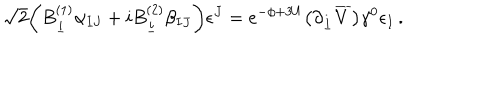
LaTeX: \sqrt 2 \biggl ( B _ { \underline { { i } } } ^ { ( 1 ) } \alpha _ { I J } + i B _ { \underline { { i } } } ^ { ( 2 ) } \beta _ { I J } \biggr ) \epsilon ^ { J } = e ^ { - \phi + 3 U } \bigl ( \partial _ { \underline { { i } } } \overline { { V } } \bigr ) \gamma ^ { 0 } \epsilon _ { I } \, .